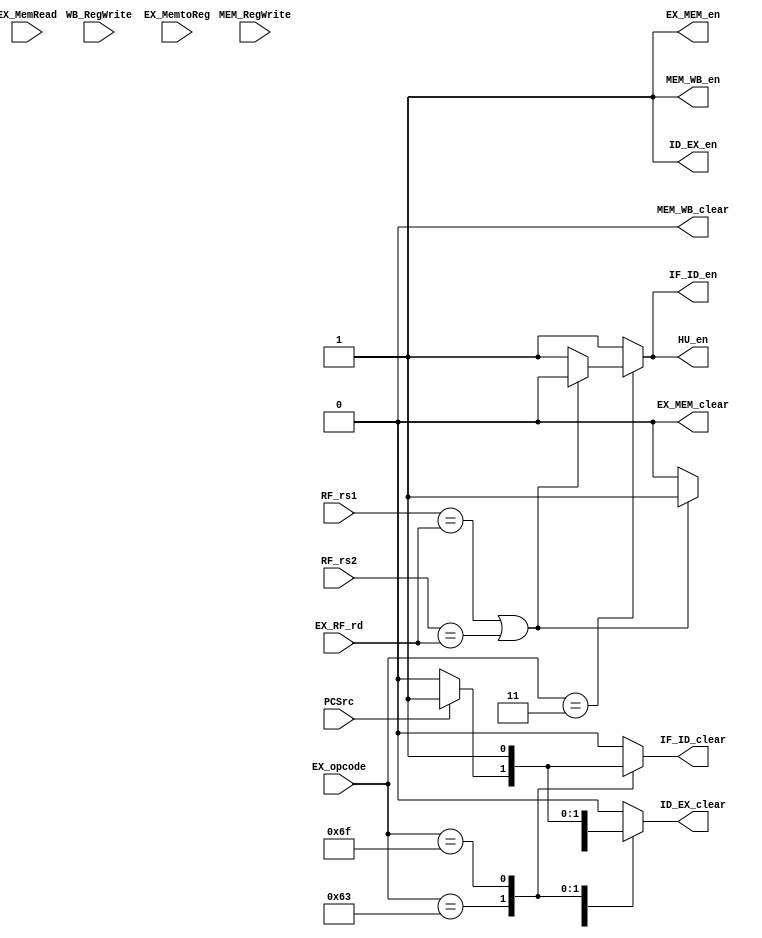
//Hazard Unit
module HU(
    input EX_MemRead,
    input MEM_RegWrite, WB_RegWrite,
    input [4:0] EX_RF_rd,
    input [6:0] EX_opcode,
    input [4:0] RF_rs1, RF_rs2,
    input PCSrc,
    input [1:0] EX_MemtoReg,
    output reg HU_en,
    output reg IF_ID_en, IF_ID_clear,
    output reg ID_EX_en, ID_EX_clear,
    output  EX_MEM_en, EX_MEM_clear,
    output  MEM_WB_en, MEM_WB_clear
);
parameter J_op = 7'b1101111;   //jal
parameter B_op = 7'b1100011;   //beq
parameter L_op = 7'b0000011;   //lw
parameter S_op = 7'b0100011;   //sw
parameter I_op = 7'b0010011;   //addi
parameter R_op = 7'b0110011;   //add
//
//1. lwadd(i),rdrs
//2. beqjal
//3. 

always@(*)
begin
    case(EX_opcode)
    L_op:
        begin
            if( (RF_rs1==EX_RF_rd)| (RF_rs2==EX_RF_rd) )
                begin
                    HU_en = 0;//PC
                    IF_ID_en = 0;
                    ID_EX_en = 1;
                    IF_ID_clear = 0;
                    ID_EX_clear = 1;
                end
            else
                begin
                    HU_en = 1;
                    IF_ID_en = 1;
                    ID_EX_en = 1;
                    IF_ID_clear = 0;
                    ID_EX_clear = 0;
                end
        end
    B_op:
        begin
            if(PCSrc==1)//
                begin
                    HU_en = 1;
                    IF_ID_en = 1;
                    ID_EX_en = 1;
                    IF_ID_clear = 1;
                    ID_EX_clear = 1;
                end
            else
                begin
                    HU_en = 1;
                    IF_ID_en = 1;
                    ID_EX_en = 1;
                    IF_ID_clear = 0;
                    ID_EX_clear = 0;
                end
        end
    J_op:
        begin
            HU_en = 1;
            IF_ID_en = 1;
            ID_EX_en = 1;
            IF_ID_clear = 1;
            ID_EX_clear = 1;
        end
    default:
        begin
            HU_en = 1;
            IF_ID_en = 1;
            ID_EX_en = 1;
            IF_ID_clear = 0;
            ID_EX_clear = 0;
        end
    endcase
end

//
assign EX_MEM_en = 1;
assign EX_MEM_clear = 0;
assign MEM_WB_en = 1;
assign MEM_WB_clear = 0;
endmodule